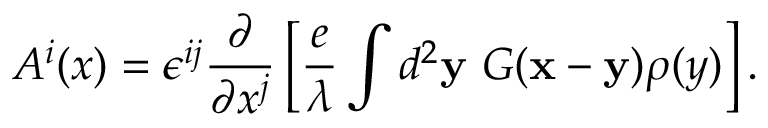
A ^ { i } ( x ) = \epsilon ^ { i j } \frac { \partial } { \partial x ^ { j } } \left[ \frac { e } { \lambda } \int d ^ { 2 } { \bf y } ~ G ( { \bf x } - { \bf y } ) \rho ( y ) \right] .